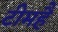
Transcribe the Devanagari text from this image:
टीमहै